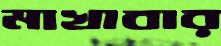
মাখাবার